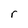
Character: r